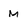
Character: m